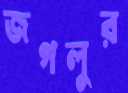
জগলুর